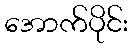
အောက်ပိုင်း